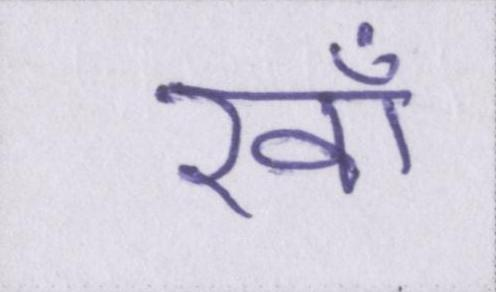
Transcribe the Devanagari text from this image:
रवाँ